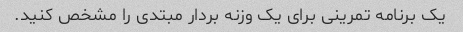
یک برنامه تمرینی برای یک وزنه بردار مبتدی را مشخص کنید.